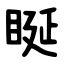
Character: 䀽